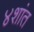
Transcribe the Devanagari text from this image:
४शांत